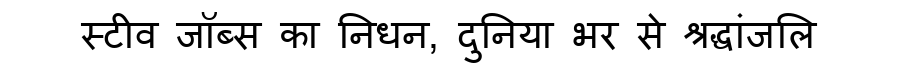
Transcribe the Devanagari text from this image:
स्टीव जॉब्स का निधन, दुनिया भर से श्रद्धांजलि